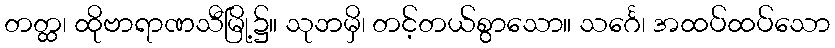
တတ္ထ၊ ထိုဗာရာဏသီမြို့၌။ သုဘမှိ၊ တင့်တယ်စွာသော။ သင်္ဂေ၊ အထပ်ထပ်သော